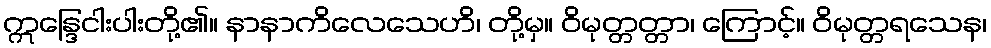
ဣန္ဒြေငါးပါးတို့၏။ နာနာကိလေသေဟိ၊ တို့မှ။ ဝိမုတ္တတ္တာ၊ ကြောင့်။ ဝိမုတ္တရသေန၊